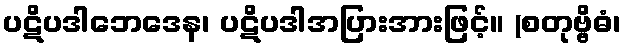
ပဋိပဒါဘေဒေန၊ ပဋိပဒါအပြားအားဖြင့်။ (စတုဗ္ဗိဓံ၊